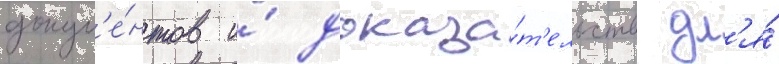
докум'е́нтов и́ доказа́т'ельств дл'я́